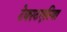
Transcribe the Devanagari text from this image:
टेक्स्टएरिया